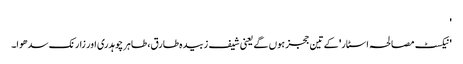
'
'نیکسٹ مصالحہ اسٹار' کے تین ججز ہوں گے یعنی شیف زبیدہ طارق، طاہر چوہدری اور زارنک سدھوا۔